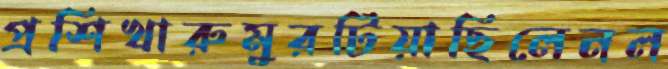
প্রশিখারুমুরটিয়াছিলেনল